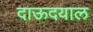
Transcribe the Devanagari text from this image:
दाऊदयाल